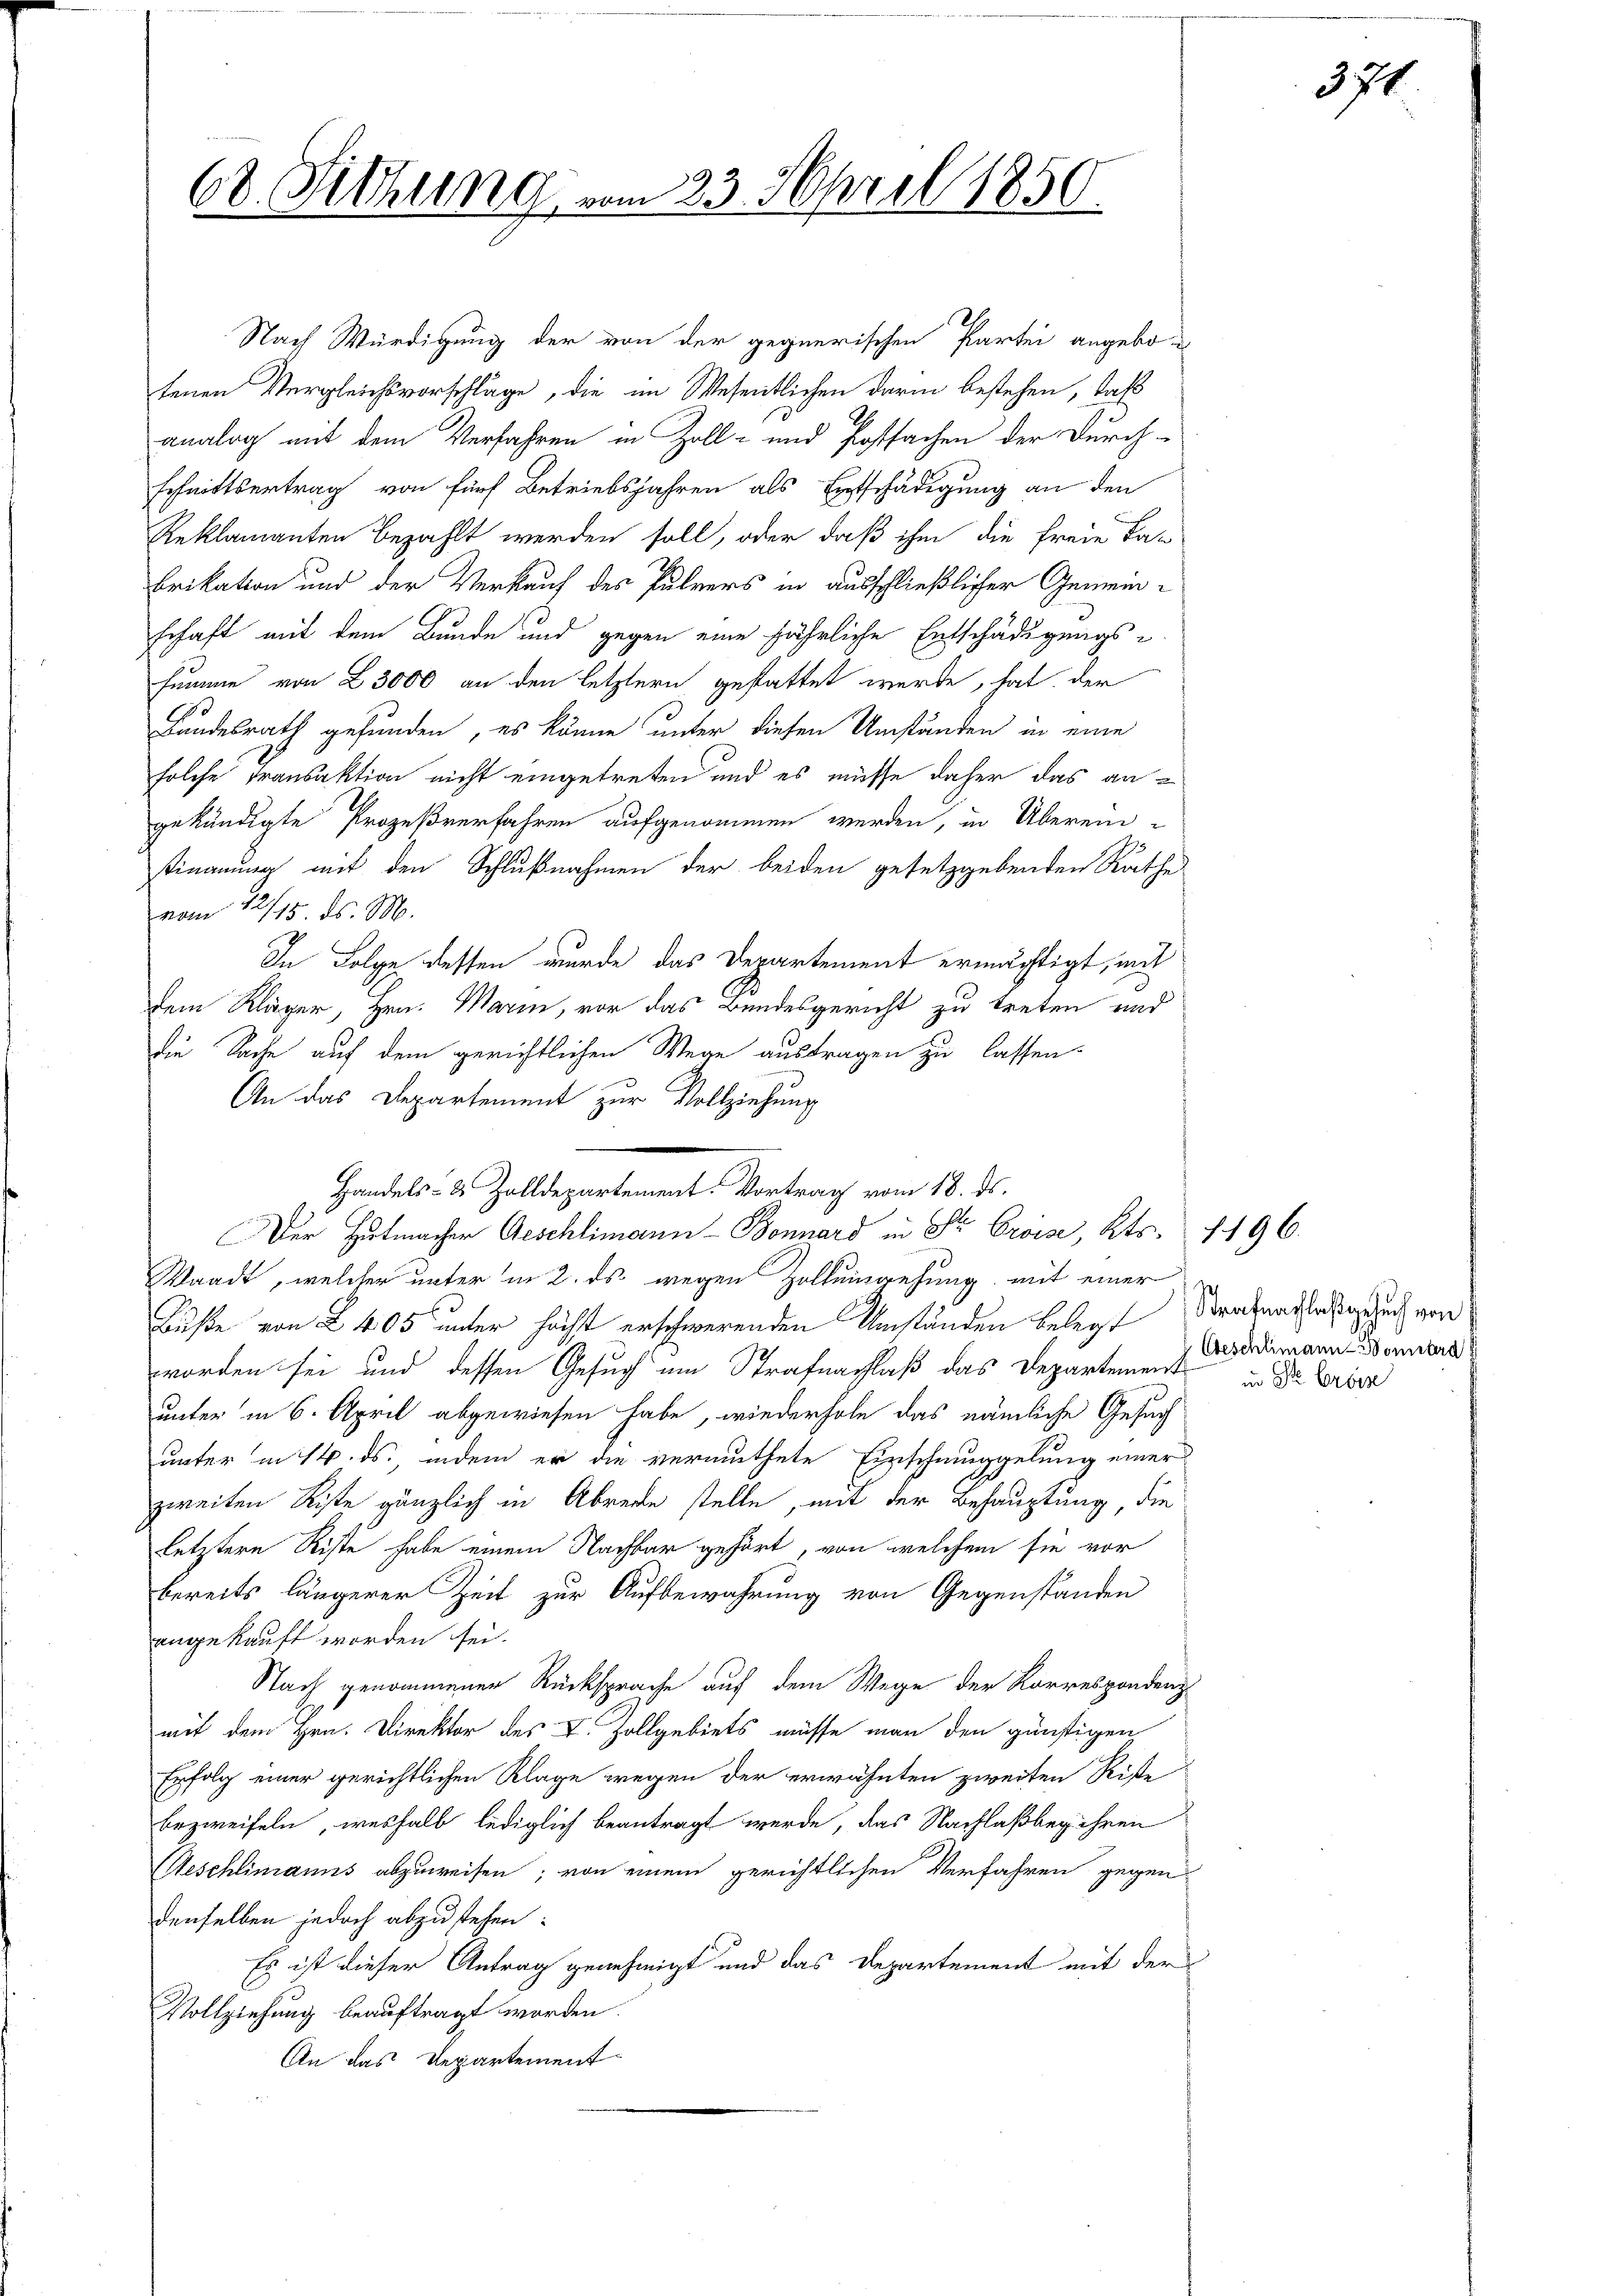
68. Sitzung

8.
Nach Würdigung der von der gegnerischen Partei angebotenen Vergleichsvorschläge, die im Wesentlichen darin bestehen, daß
analog mit dem Verfahren in Zoll- und Postsachen der Durch-
schnittsertrag von fünf Betriebsjahren als Entschädigung an den
Reklamanten bezahlt werden soll, oder daß ihm die freie Ta-
brikation und der Verkauf des Pulvers in ausschließlicher Gemeinschaft mit dem Bunde und gegen eine jährliche Entschädigungs-
summe von 23000 an den letztern gestattet werde, hat der
Landesrath gefunden, es könne unter diesen Umständen in eine
solche Transaktion nicht eingetreten und es müsse daher das angekündigte Prozeßverfahren aufgenommen werden, in Übereintimmung mit den Schlußnahmen der beiden gesetzgebenden Rathe
vom 12/15. ds. M.
In Folge dessen wurde das Departement ermächtigt, mit
dem Kläger, Hrn. Marin, vor das Bundesgericht zu treten und
die Sache auf dem gerichtlichen Wege austragen zu lassen.
An das Departement zur Vollziehung
Waadt, welcher unter in 2. ds. wegen Zolleingehung mit einer
Buße von § 405 unter höchst erschwerenden Umständen belegt Strafnachlassgesuch von
worden sei und dessen Gesuch um Strafnachlaß das Departement in die Brie
unter in 6. April abgewiesen habe, wiederhole das nämliche Gesuch
unter in 14. ds., indem er die vermuthete Einschmuggelung einer
zweiten Kiste gänzlich in Abrede stelle, mit der Behauptung, die
letztere Riste habe einem Nachbar gehört, von welchem sie vor
bereits längerer Zeit zur Aufbewahrung von Gegenständen
angekauft worden sei.
Nach genommenen Rücksprache auf dem Wege der Korrespondenz
mit dem Hrn. Direktor des L. Zollgebiets müsse man den günstigen
Erfolg einer gerichtlichen Klage wegen der erwähnten zweiten Ritte
bezweifeln, weshalb lediglich beantragt werde, das Nachlaßbeg ihren
Aeschlimanns abzuweisen; von einem gerichtlichen Verfahren gegen
denselben jedoch abzustehen:
Es ist dieser Antrag genehmigt und das Departement mit der
Vollziehung beauftragt worden.
An das Departement

223. April 1850.

Handels- & Zolldepartement. Vortrag vom 18. ds.
Der Hutmacher Geschlimann-Bonnard in Str. Croise, Kts. 1496.

Abeschlimann - Sonnard

371